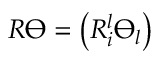
R \varTheta = \left( R _ { i } ^ { l } \varTheta _ { l } \right)